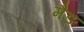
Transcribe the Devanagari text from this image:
मैङ